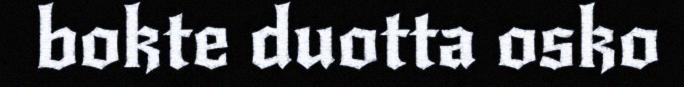
bokte duotta osko